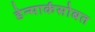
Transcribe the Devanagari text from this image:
डेन्मार्कसोबत